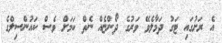
އެ ރަށުގައި ޓަގު ދަމާލެވޭ ވަރުގެ ދޯންޏެއް ނެތް ކަމަށް ވެސް ކައުންސިލްގެ